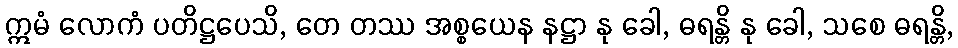
ဣမံ လောကံ ပတိဋ္ဌပေသိ, တေ တဿ အစ္စယေန နဋ္ဌာ နု ခေါ, ဓရန္တိ နု ခေါ, သစေ ဓရန္တိ,